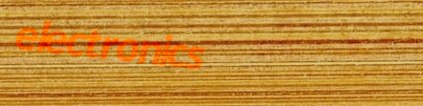
electronics